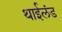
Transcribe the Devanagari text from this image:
थाईलंड